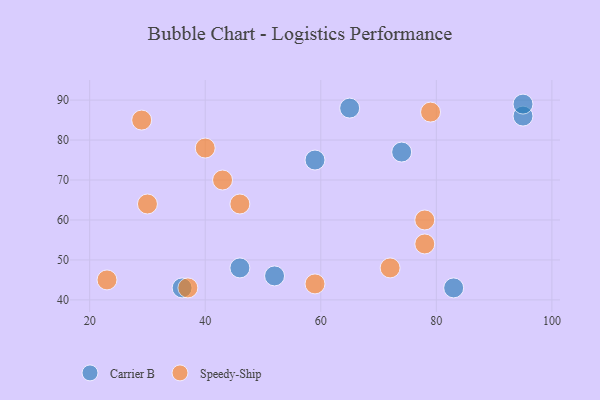
{"axis": {"x": "GDP", "y": "Life Expectancy"}, "legend": ["Carrier B", "Speedy-Ship"], "data": [{"x": "36", "y": 43, "type": "Carrier B"}, {"x": "95", "y": 86, "type": "Carrier B"}, {"x": "52", "y": 46, "type": "Carrier B"}, {"x": "83", "y": 43, "type": "Carrier B"}, {"x": "74", "y": 77, "type": "Carrier B"}, {"x": "59", "y": 75, "type": "Carrier B"}, {"x": "65", "y": 88, "type": "Carrier B"}, {"x": "46", "y": 48, "type": "Carrier B"}, {"x": "95", "y": 89, "type": "Carrier B"}, {"x": "29", "y": 85, "type": "Speedy-Ship"}, {"x": "43", "y": 70, "type": "Speedy-Ship"}, {"x": "23", "y": 45, "type": "Speedy-Ship"}, {"x": "40", "y": 78, "type": "Speedy-Ship"}, {"x": "30", "y": 64, "type": "Speedy-Ship"}, {"x": "79", "y": 87, "type": "Speedy-Ship"}, {"x": "46", "y": 64, "type": "Speedy-Ship"}, {"x": "37", "y": 43, "type": "Speedy-Ship"}, {"x": "78", "y": 54, "type": "Speedy-Ship"}, {"x": "59", "y": 44, "type": "Speedy-Ship"}, {"x": "72", "y": 48, "type": "Speedy-Ship"}, {"x": "78", "y": 60, "type": "Speedy-Ship"}]}